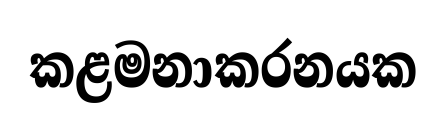
කළමනාකරනයක